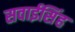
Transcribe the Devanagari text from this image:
सवाईसिंह